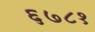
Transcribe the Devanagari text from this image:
६७८१